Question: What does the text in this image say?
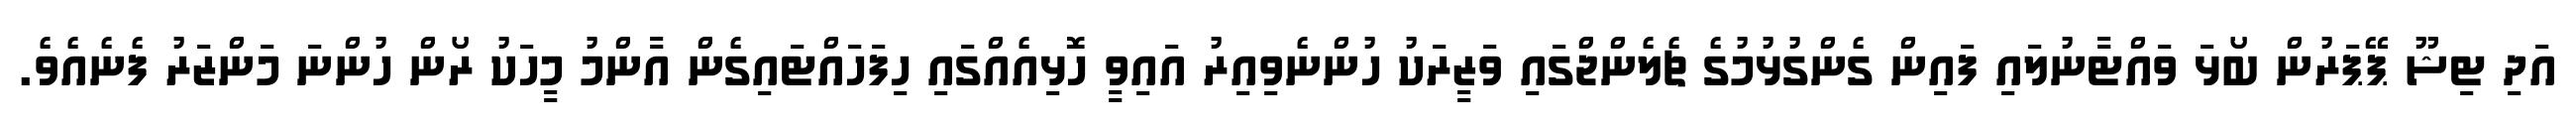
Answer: އަދި ޓިޝޫ ޕޭޕަރުން ބޯޅަ ވައްޓާނުލައި ފައިން ގެންގުޅުމުގެ ޗެލެންޖްގައި ވަޒީރަކު ހުންނެވިއިރު އައިވީ ހޮޅިއެއްގައި ހިފަހައްޓައިގެން އާންމު މީހަކު ރޯން ހުންނަ މަންޒަރު ފެނެއެވެ.